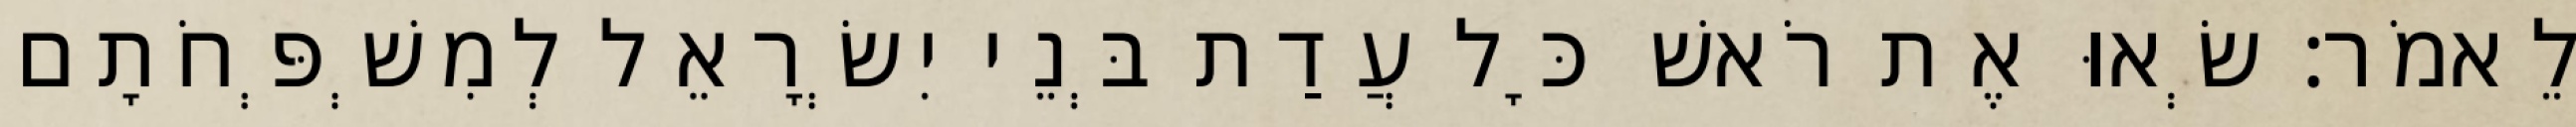
לֵאמֹר׃ שְׂאוּ אֶת רֹאשׁ כָּל עֲדַת בְּנֵי יִשְׂרָאֵל לְמִשְׁפְּחֹתָם